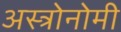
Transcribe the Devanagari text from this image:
अस्त्रोनोमी